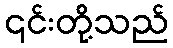
၎င်းတို့သည်